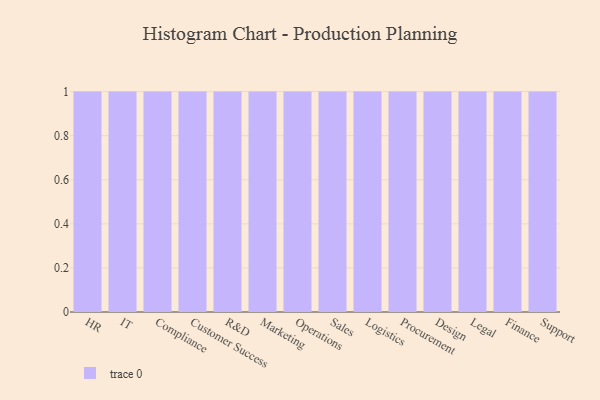
{"axis": {"x": "Department", "y": "Satisfaction Score"}, "legend": [""], "data": [{"x": "HR", "y": 46, "type": ""}, {"x": "IT", "y": 90, "type": ""}, {"x": "Compliance", "y": 49, "type": ""}, {"x": "Customer Success", "y": 40, "type": ""}, {"x": "R&D", "y": 56, "type": ""}, {"x": "Marketing", "y": 69, "type": ""}, {"x": "Operations", "y": 88, "type": ""}, {"x": "Sales", "y": 76, "type": ""}, {"x": "Logistics", "y": 48, "type": ""}, {"x": "Procurement", "y": 56, "type": ""}, {"x": "Design", "y": 15, "type": ""}, {"x": "Legal", "y": 92, "type": ""}, {"x": "Finance", "y": 34, "type": ""}, {"x": "Support", "y": 74, "type": ""}]}